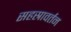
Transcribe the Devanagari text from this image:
सहस्रावर्तन